Vaccine operations Central Provinces 1868-1885 - 1868-1885
Year: 1868
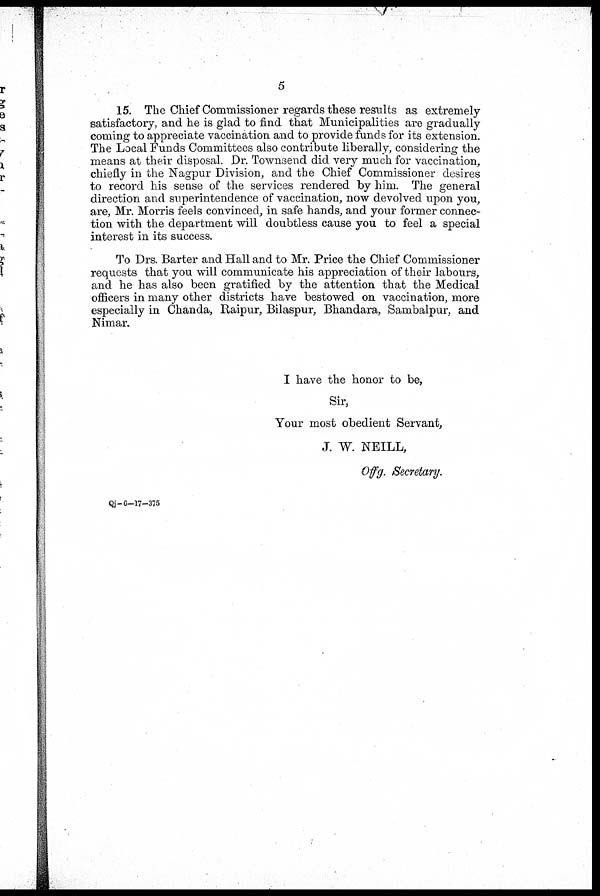
5
15. The Chief Commissioner regards these results as extremely
satisfactory, and he is glad to find that Municipalities are gradually
coming to appreciate vaccination and to provide funds for its extension.
The Local Funds Committees also contribute liberally, considering the
means at their disposal. Dr. Townsend did very much for vaccination,
chiefly in the Nagpur Division, and the Chief Commissioner desires
to record his sense of the services rendered by him. The general
direction and superintendence of vaccination, now devolved upon you,
are, Mr. Morris feels convinced, in safe hands, and your former connec-
tion with the department will doubtless cause you to feel a special
interest in its success.
To Drs. Barter and Hall and to Mr. Price the Chief Commissioner
requests that you will communicate his appreciation of their labours,
and he has also been gratified by the attention that the Medical
officers in many other districts have bestowed on vaccination, more
especially in Chanda, Raipur, Bilaspur, Bhandara, Sambalpur, and
Nimar.
I have the honor to be,
Sir,
Your most obedient Servant,
J. W. NEILL,
Offg. Secretary.
Qj-6-17-375